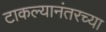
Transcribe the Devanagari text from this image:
टाकल्यानंतरच्या